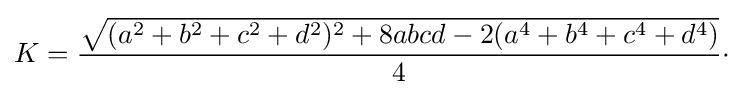
K={\frac {\sqrt {(a^{2}+b^{2}+c^{2}+d^{2})^{2}+8abcd-2(a^{4}+b^{4}+c^{4}+d^{4})}}{4}}\cdot